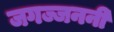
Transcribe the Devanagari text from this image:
जगज्जननी